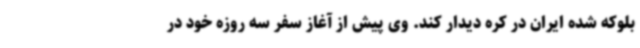
بلوکه شده ایران در کره دیدار کند. وی پیش از آغاز سفر سه روزه خود در